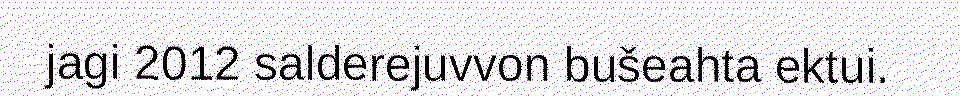
jagi 2012 salderejuvvon bušeahta ektui.